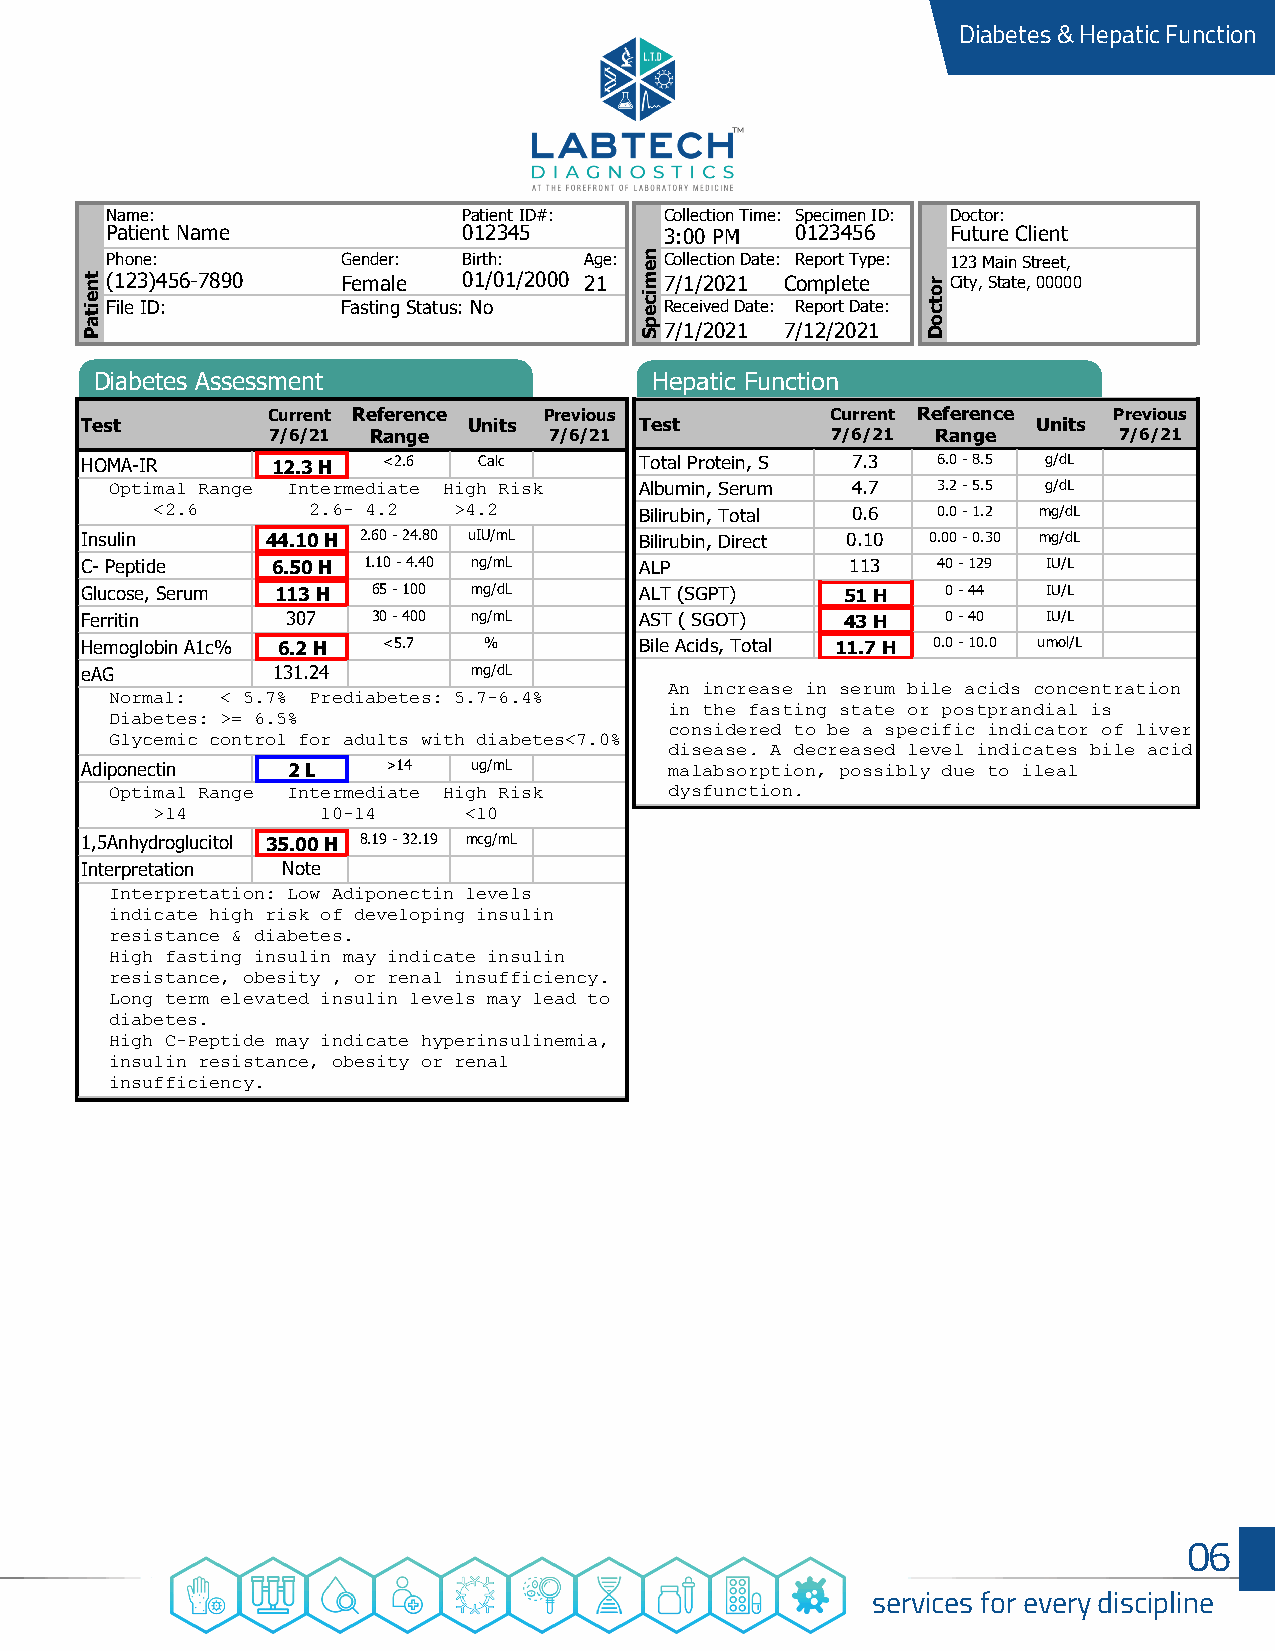
Diabetes & Hepatic Function
 Name:                   Patient ID#: Collection Time: Specimen ID: Doctor:
 Patient Name            012345       3:00 PM  0123456   Future Client
 Phone:          Gender: Birth:  Age: Collection Date: Report Type: 123 Main Street,
 (123)456-7890   Female  01/01/2000 21 7/1/2021 Complete City, State, 00000
 File ID:        Fasting Status: No   Received Date: Report Date:
 7/1/2021 7/12/2021
 Diabetes Assessment                  Hepatic Function
 Current Reference Previous           Current Reference  Previous
 Test                      Units      Test                       Units
 7/6/21 Range      7/6/21             7/6/21 Range       7/6/21
 HOMA-IR      12.3 H <2.6   Calc      Total Protein, S 7.3 6.0 - 8.5 g/dL
 Optimal Range Intermediate High Risk Albumin, Serum 4.7 3.2 - 5.5 g/dL
 <2.6      2.6- 4.2  >4.2        Bilirubin, Total 0.6 0.0 - 1.2 mg/dL
 Insulin      44.10 H 2.60 - 24.80 uIU/mL Bilirubin, Direct 0.10 0.00 - 0.30 mg/dL
 C-Peptide    6.50 H 1.10 - 4.40 ng/mL ALP          113   40 - 129 IU/L
 Glucose, Serum 113 H 65 - 100 mg/dL  ALT (SGPT)    51 H   0 - 44 IU/L
 Ferritin      307   30 - 400 ng/mL   AST ( SGOT)   43 H   0 - 40 IU/L
 Hemoglobin A1c% 6.2 H <5.7 %         Bile Acids, Total 11.7 H 0.0 - 10.0 umol/L
 eAG          131.24       mg/dL
 An increase in serum bile acids concentration
 Normal: < 5.7% Prediabetes: 5.7-6.4%
 in the fasting state or postprandial is
 Diabetes: >= 6.5%
 considered to be a specific indicator of liver
 Glycemic control for adults with diabetes<7.0%
 disease. A decreased level indicates bile acid
 Adiponectin   2 L    >14  ug/mL        malabsorption, possibly due to ileal
 Optimal Range Intermediate High Risk dysfunction.
 >14        10-14     <10
 1,5Anhydroglucitol 35.00 H 8.19 - 32.19 mcg/mL
 Interpretation Note
 Interpretation: Low Adiponectin levels
 indicate high risk of developing insulin
 resistance & diabetes.
 High fasting insulin may indicate insulin
 resistance, obesity , or renal insufficiency.
 Long term elevated insulin levels may lead to
 diabetes.
 High C-Peptide may indicate hyperinsulinemia,
 insulin resistance, obesity or renal
 insufficiency.
 06
 services for every discipline
 tneitaP
 nemicepS
 rotcoD